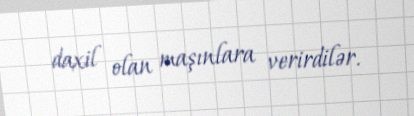
daxil olan maşınlara verirdilər.